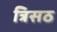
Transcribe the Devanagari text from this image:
त्रिसठ